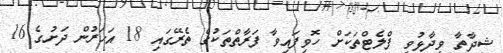
ޝިދާތާ ވިދާޅުވީ ފްލެޓްތަކަށް ހޮވިފައިވާ ފަރާތްތަކުގެ ތެރޭގައި 18 އަހަރުން ދަށުގެ 16